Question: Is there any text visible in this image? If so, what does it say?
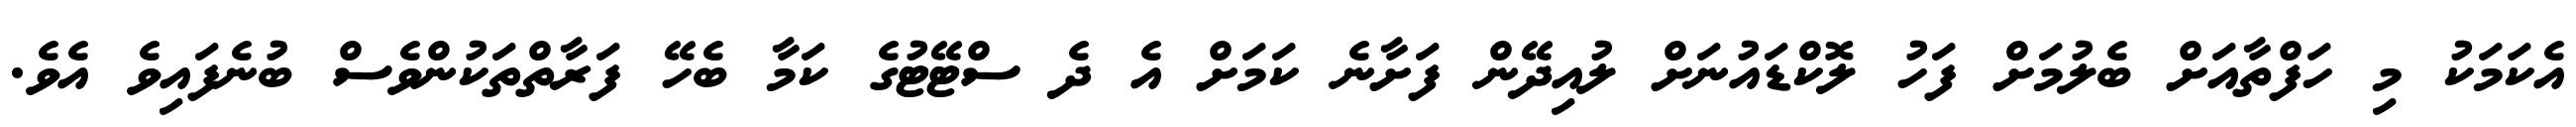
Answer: އެކަމަކު މި ހަފްތާއަށް ބެލުމަށް ފަހު ލޮކްޑައުނަށް ލުއިދޭން ފަށާނެ ކަމަށް އެ ދެ ސްޓޭޓުގެ ކަމާ ބެހޭ ފަރާތްތަކުންވެސް ބުނެފައިވެ އެވެ.